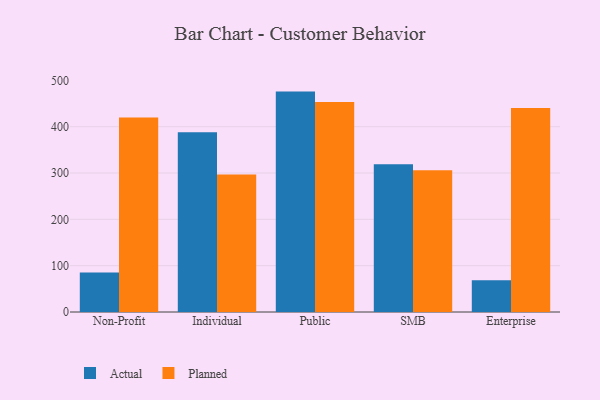
{"axis": {"x": "Segment", "y": "Shipments"}, "legend": ["Actual", "Planned"], "data": [{"x": "Non-Profit", "y": 85.5, "type": "Actual"}, {"x": "Non-Profit", "y": 419.9, "type": "Planned"}, {"x": "Individual", "y": 387.9, "type": "Actual"}, {"x": "Individual", "y": 296.7, "type": "Planned"}, {"x": "Public", "y": 475.8, "type": "Actual"}, {"x": "Public", "y": 453.2, "type": "Planned"}, {"x": "SMB", "y": 318.8, "type": "Actual"}, {"x": "SMB", "y": 305.9, "type": "Planned"}, {"x": "Enterprise", "y": 68.7, "type": "Actual"}, {"x": "Enterprise", "y": 440.3, "type": "Planned"}]}